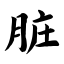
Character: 脏